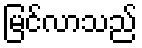
မြင်လာသည်